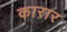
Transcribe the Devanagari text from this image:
कारार